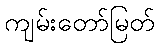
ကျမ်းတော်မြတ်